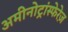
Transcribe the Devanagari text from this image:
अमीनोट्रांस्फेरेज़